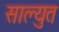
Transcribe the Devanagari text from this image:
साल्युत